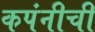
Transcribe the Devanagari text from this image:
कपंनीची